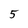
Character: 5